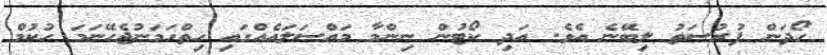
ހޯދަން ފުރުސަތު ލިބޭނެ އެވެ. އަދި ކޯޓުން ނިންމާ މައްސަލައެއްގައި ހިތްހަމަނުޖެހޭނަމަ ހުކުމް